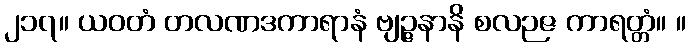
၂၁၇။ ယဝတံ တလဏဒကာရာနံ ဗျဉ္ဇနာနိ စလဉဇ ကာရတ္တံ။ ။